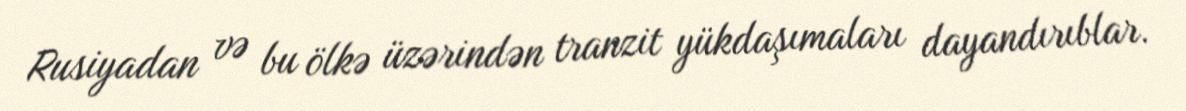
Rusiyadan və bu ölkə üzərindən tranzit yükdaşımaları dayandırıblar.